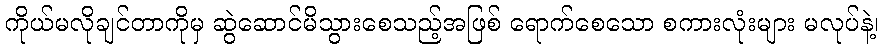
ကိုယ်မလိုချင်တာကိုမှ ဆွဲဆောင်မိသွားစေသည့်အဖြစ် ရောက်စေသော စကားလုံးများ မလုပ်နဲ့၊